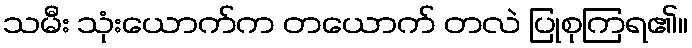
သမီး သုံးယောက်က တယောက် တလဲ ပြုစုကြရ၏။